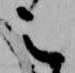
之